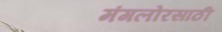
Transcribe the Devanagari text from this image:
मंगलोरसाठी